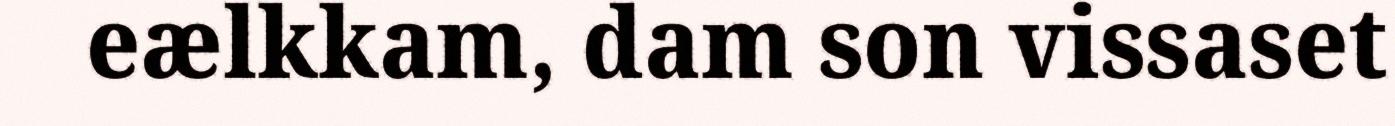
eælkkam, dam son vissaset